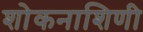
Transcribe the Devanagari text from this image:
शोकनाशिणी